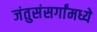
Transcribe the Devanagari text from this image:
जंतुसंसर्गांमध्ये